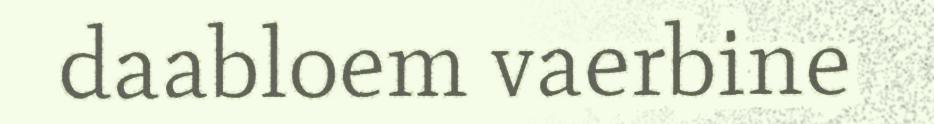
daabloem vaerbine